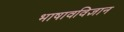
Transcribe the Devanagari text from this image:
भाषावविज्ञान